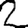
Digit: 2